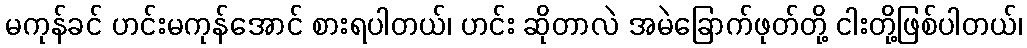
မကုန်ခင် ဟင်းမကုန်အောင် စားရပါတယ်၊ ဟင်း ဆိုတာလဲ အမဲခြောက်ဖုတ်တို့ ငါးတို့ဖြစ်ပါတယ်၊